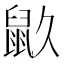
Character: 𪔼